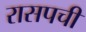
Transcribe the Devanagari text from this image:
रासपची